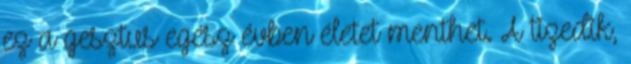
ez a gesztus egész évben életet menthet. A tizedik,